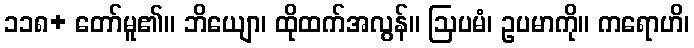
၁၁၈+ တော်မူ၏။ ဘိယျော၊ ထိုထက်အလွန်။ ဩပမံ၊ ဥပမာကို။ ကရောဟိ၊